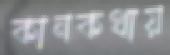
কানকথায়